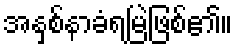
အနှစ်နာခံရမြဲဖြစ်၏။